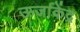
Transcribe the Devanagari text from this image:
ऊर्जाकेंद्र